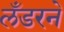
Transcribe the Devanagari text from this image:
लँडरने